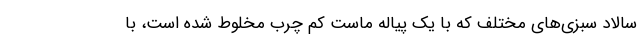
سالاد سبزی‌های مختلف که با یک پیاله ماست کم چرب مخلوط شده است، با